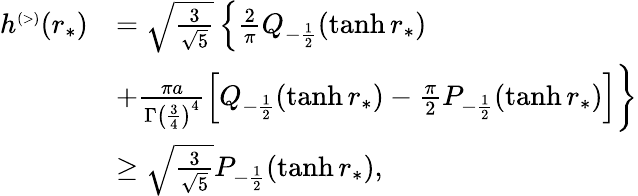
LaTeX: \begin{array}{rl}{h^{\scriptscriptstyle(>)}(r_{*})}&{=\sqrt{\frac{3}{\sqrt{5}}}\left\{ \frac{2}{\pi}Q_{-\frac{1}{2}}(\operatorname{tanh}r_{*})\right.}\\ &{\left.+\frac{\pi a}{\Gamma\left(\frac{3}{4}\right)^{4}}\left[Q_{-\frac{1}{2}}(\operatorname{tanh}r_{*})-\frac{\pi}{2}P_{-\frac{1}{2}}(\operatorname{tanh}r_{*})\right]\right\} }\\ &{\ge\sqrt{\frac{3}{\sqrt{5}}}P_{-\frac{1}{2}}(\operatorname{tanh}r_{*}),}\end{array}